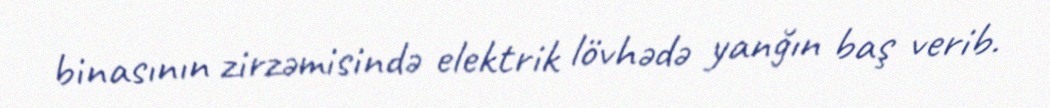
binasının zirzəmisində elektrik lövhədə yanğın baş verib.